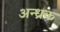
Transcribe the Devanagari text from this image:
अन्ध्रक